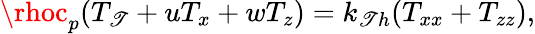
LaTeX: \rhoc_{p}(T_{\mathscr{T}}+uT_{x}+wT_{z})=k_{\mathscr{T}h}(T_{xx}+T_{zz}),